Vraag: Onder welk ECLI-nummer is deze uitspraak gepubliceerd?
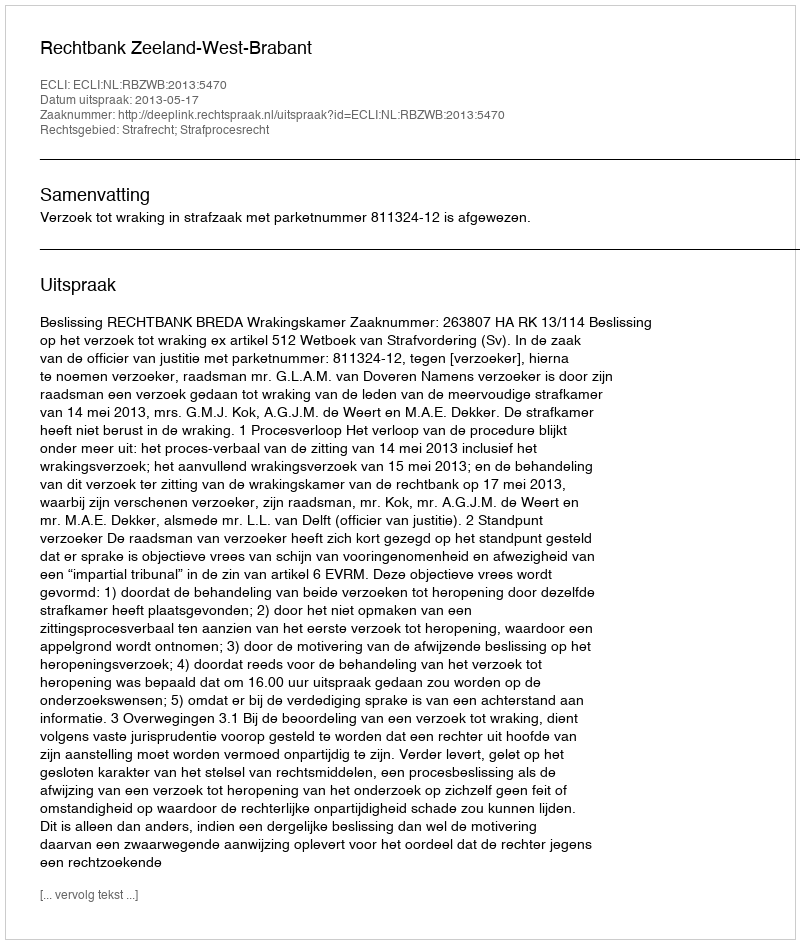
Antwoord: ECLI:NL:RBZWB:2013:5470